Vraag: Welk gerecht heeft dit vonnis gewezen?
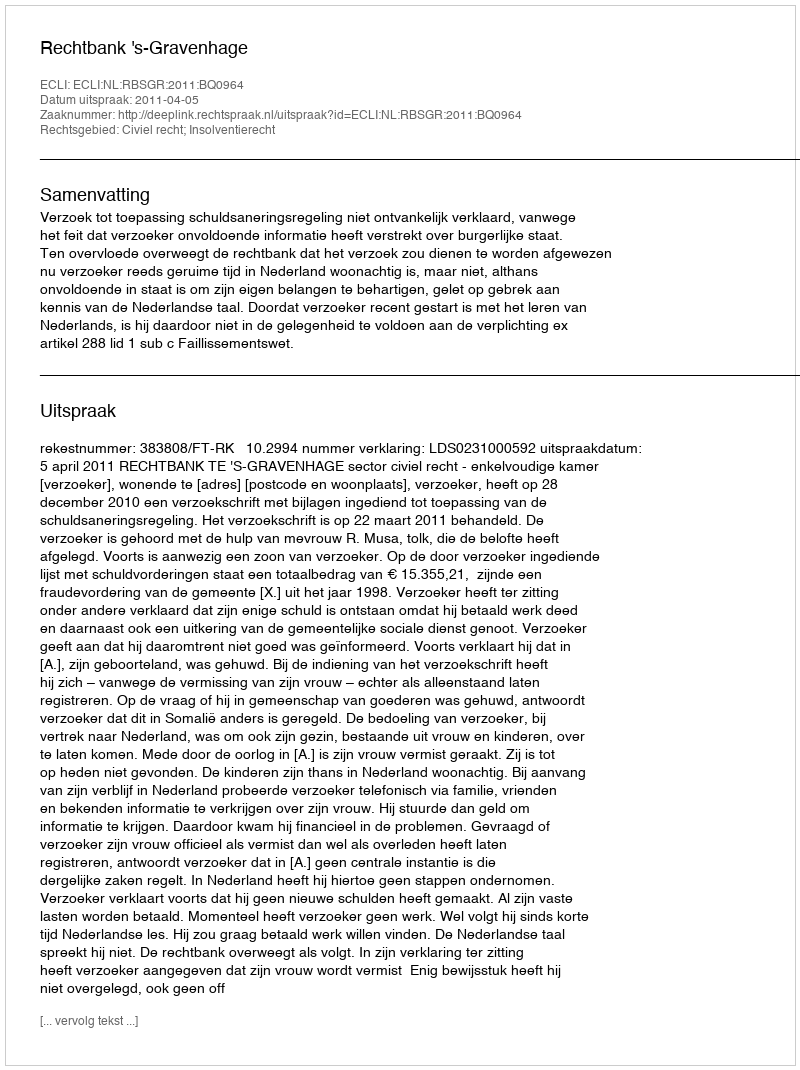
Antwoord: Rechtbank 's-Gravenhage